Civil Veterinary Dept. Bombay admin report 1914-1922 - 1914-1922
Year: 1914
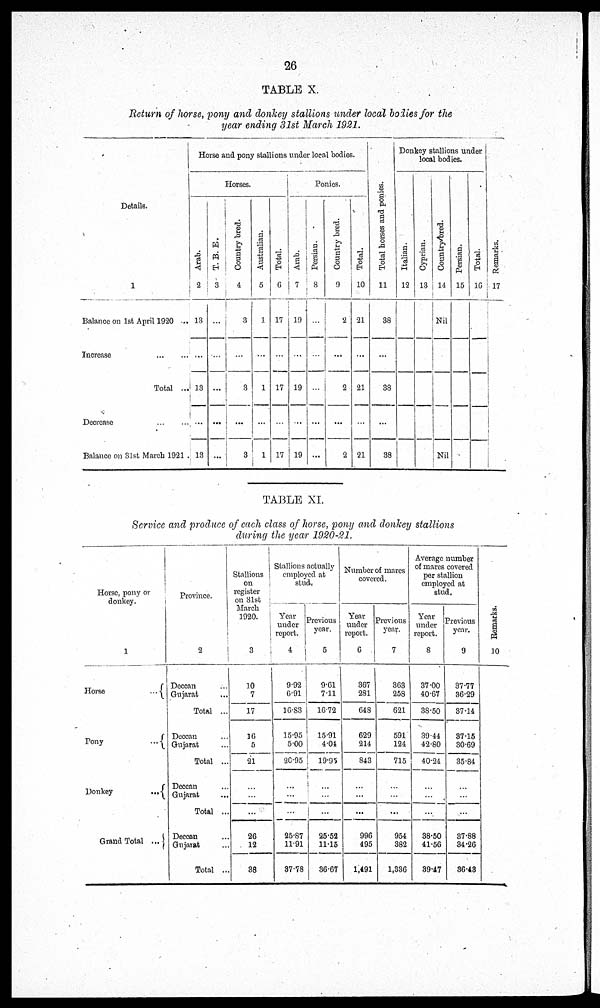
26
TABLE X.
Return of horse, pony and donkey stallions under local bodies for the
year ending 31st March 1921.
Details.
1
Balance on 1st April 1920 ...
Increase
...
...
Total ...
Decrease
...
...
Balance on 31st March 1921
Horse and pony stallions under local bodies.
Horses.
Arab.
2
13
...
13
...
13
T.B.E
3
...
...
...
...
Country bred.
4
3
...
3
...
3
Australian.
5
1
...
1
...
1
Total
6
17
...
17
...
17
Ponies.
Arab.
7
19
...
19
...
19
Persian
8
...
...
...
...
...
country bred.
9
2
...
2
...
2
Total.
10
21
...
21
...
21
Tot al hor s es and ponies.
11
38
...
38
...
38
Donkey stallions under
local bodies.
Italian.
12
Cyprian.
13
Country bred.
14
Nil
Nil
Persian.
15
Total.
16
Remarks.
17
TABLE XI.
Service and produce of each class of horse, pony and donkey stallions
during the year 1920-21.
Horse, pony or
donkey.
1
Horse
...
Pony
...
Donkey
...
Grand Total ...
Province.
2
Deccan ...
Gujarat
Total ...
Deccan ...
Gujarat
Total ...
Deccan ...
Gujarat
Total ...
Deccan ...
Gujarat
Total ...
Stallions
on
register
on
31st
March
1920.
3
10
7
17
16
5
21
...
...
...
26
12
38
Stallions actually
employed at
stud.
Year
under
report.
4
9.92
6.91
16.83
15.95
5.00
20.95
...
...
....
25.87
11.91
37.78
Previous
year.
5
9.61
7.11
16.72
15.91
4.04
19.95
...
...
...
25.52
11.15
36.67
Number of mares
covered.
Year
under
report.
6
367
281
648
629
214
843
...
...
...
996
495
1,491
Previous
year.
7
363
258
621
591
124
715
...
...
...
954
382
1,336
Average number
of mares covered
per stallion
employed at
stud.
Year
under
report.
8
37.00
40.67
38.50
39.44
42.80
40.24
...
...
...
38.50
41.56
39.47
Previous
year.
9
37.77
36.29
37.14
37.15
30.69
35.84
...
...
...
37.88
34.26
36.43
Remarks.
10